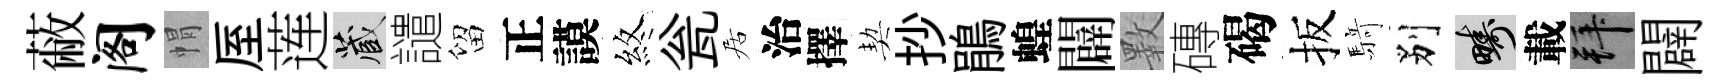
蔽阁㡌厔莲藏譴留正謨煞瓮居治擇契抄鵑蝗闢斁磚碣扳𮪍别疇載拜闢